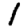
Digit: 1